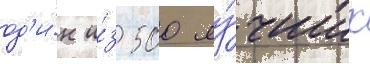
од'и́н и́з 500 лу́чших